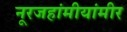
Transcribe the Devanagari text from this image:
नूरजहांमीयांमीर